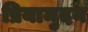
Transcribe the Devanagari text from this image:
प्रियामुदन